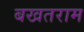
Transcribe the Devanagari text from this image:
बखतराम